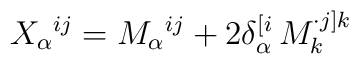
X _\alpha{}^{ij} = M_\alpha{}^{ij}+2 \delta_\alpha^{[i}\,M_k^{\cdot    j]k}